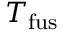
T _ { \mathrm { { f u s } } }